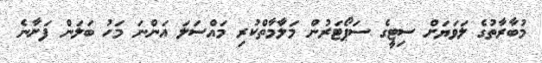
މުބާރާތުގެ ލަވަޔަށް ސިޓީގެ ސަޕޯޓަރުން މަލާމާތްކުރި މައްސަލަ އަންނަ މަހު ބަލަން ފަށާނެ